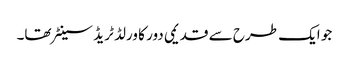
جو ایک طرح سے قدیمی دور کا ورلڈ ٹریڈ سینٹر تھا۔